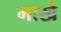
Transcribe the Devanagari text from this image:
माखै